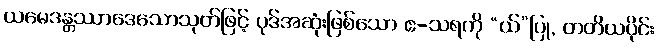
ယမေဒန္တဿာဒေသောသုတ်ဖြင့် ပုဒ်အဆုံးဖြစ်သော ဧ-သရကို “ယ်”ပြု, တတိယပိုင်း